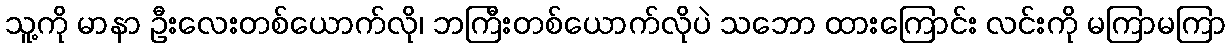
သူ့ကို မာနာ ဦးလေးတစ်ယောက်လို၊ ဘကြီးတစ်ယောက်လိုပဲ သဘော ထားကြောင်း လင်းကို မကြာမကြာ